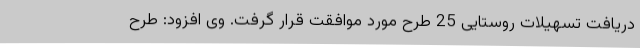
دریافت تسهیلات روستایی 25 طرح مورد موافقت قرار گرفت. وی افزود: طرح